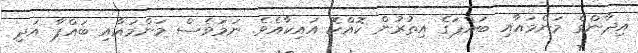
އިދާންގެ މަންމައާއި ބައްޕަގެ އިތުރުން ކޮއްކޮ އައިކާއެވެ. ނަމަވެސް މަންމައާއި ބައްޕާ އަދި